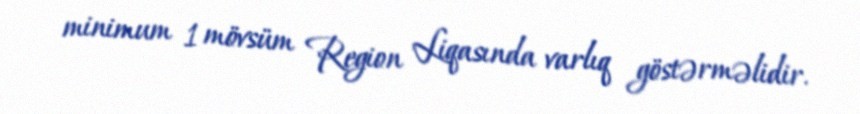
minimum 1 mövsüm Region Liqasında varlıq göstərməlidir.